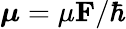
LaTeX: \boldsymbol{\mathbf{\mu}}=\mu\boldsymbol{\mathbf{F}}/\hbar